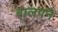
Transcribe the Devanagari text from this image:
बालपने